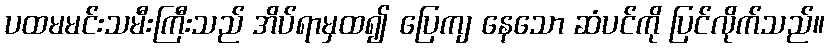
ပထမမင်းသမီးကြီးသည် အိပ်ရာမှထ၍ ပြေကျ နေသော ဆံပင်ကို ပြင်လိုက်သည်။